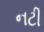
નટી